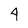
Character: 4